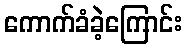
ကောက်ခံခဲ့ကြောင်း